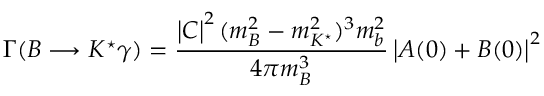
\Gamma ( B \longrightarrow K ^ { \star } \gamma ) = \frac { \left| C \right| ^ { 2 } ( m _ { B } ^ { 2 } - m _ { K ^ { \star } } ^ { 2 } ) ^ { 3 } m _ { b } ^ { 2 } } { 4 \pi m _ { B } ^ { 3 } } \left| A ( 0 ) + B ( 0 ) \right| ^ { 2 }